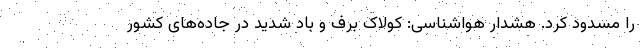
را مسدود کرد. هشدار هواشناسی: کولاک برف و باد شدید در جاده‌های کشور